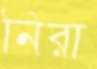
নিরা